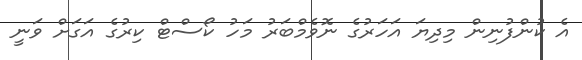
އެ ކުންފުނިން މިދިޔަ އަހަރުގެ ނޮވެމްބަރު މަހު ކޯސްޓް ކިރުގެ އަގަށް ވަނީ